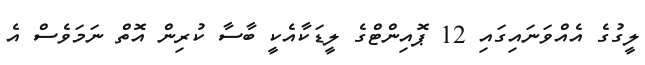
ލީގުގެ އެއްވަނައިގައި 12 ޕޮއިންޓްގެ ލީޑަކާއެކީ ބާސާ ކުރިން އޮތް ނަމަވެސް އެ